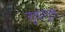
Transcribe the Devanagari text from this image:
लुवांगुला